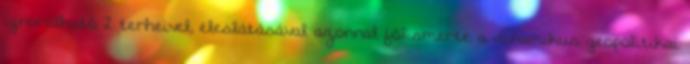
ignorálható 2 terheivel, éleslátásával azonnal fölismerte a dinamikus geopolitikai